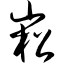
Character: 崧